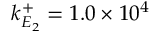
k _ { E _ { 2 } } ^ { + } = 1 . 0 \times 1 0 ^ { 4 }